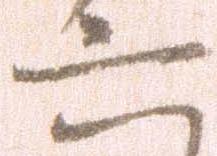
六